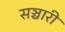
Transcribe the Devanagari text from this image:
सञ्चारी